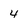
Character: 4